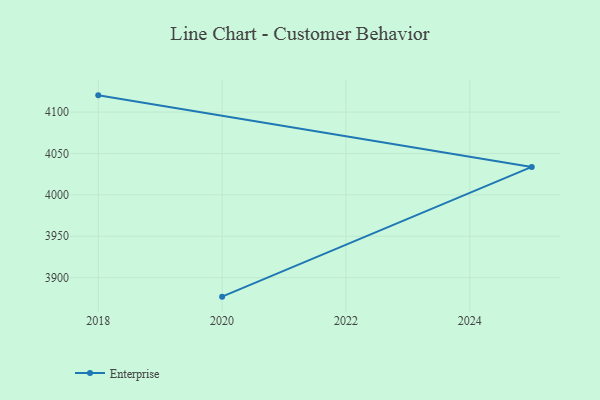
{"axis": {"x": "Year", "y": "Customer Acquisition Cost (USD)"}, "legend": ["Enterprise"], "data": [{"x": "2020", "y": 3877.1, "type": "Enterprise"}, {"x": "2025", "y": 4033.8, "type": "Enterprise"}, {"x": "2018", "y": 4120.2, "type": "Enterprise"}]}